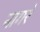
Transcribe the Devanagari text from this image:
नागरे